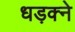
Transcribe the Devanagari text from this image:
धड़क्ने